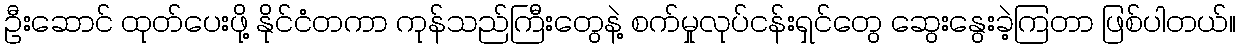
ဦးဆောင် ထုတ်ပေးဖို့ နိုင်ငံတကာ ကုန်သည်ကြီးတွေနဲ့ စက်မှုလုပ်ငန်းရှင်တွေ ဆွေးနွေးခဲ့ကြတာ ဖြစ်ပါတယ်။